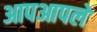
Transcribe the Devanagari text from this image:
आपआपले